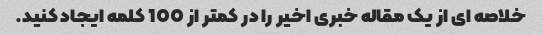
خلاصه ای از یک مقاله خبری اخیر را در کمتر از 100 کلمه ایجاد کنید.